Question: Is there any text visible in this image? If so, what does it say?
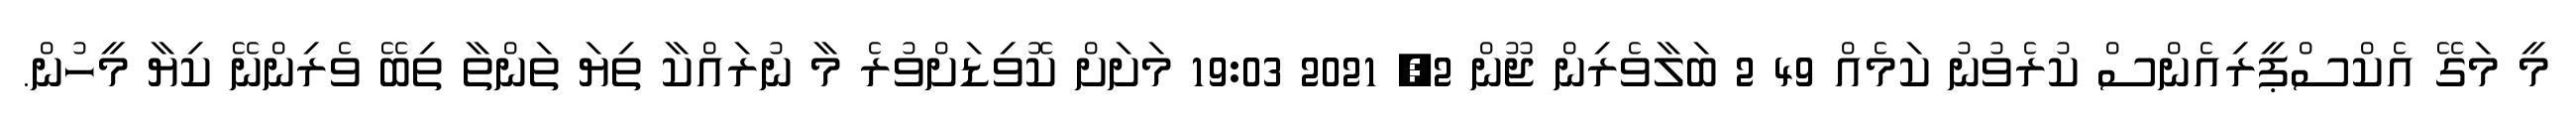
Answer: މީ މަގޭ އެކްސްޕީރިއެންސް ކުރެވުނު ކަމެއް 49 2 ބަލާވެރިން ޖޫން 2, 2021 19:03 މަށަށް ކޮވިޑަށްވުރެ މާ ނުރައްކާ ތިޔަ ތަންތާ ތިބޭ ވެރިންނޭ ކިޔާ މީހުން.